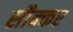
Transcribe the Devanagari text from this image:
सौक्कर